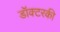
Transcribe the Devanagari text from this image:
डॉक्टरकी